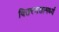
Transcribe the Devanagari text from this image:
वितरणसामर्थ्य